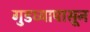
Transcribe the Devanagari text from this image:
गुडघ्यापासून